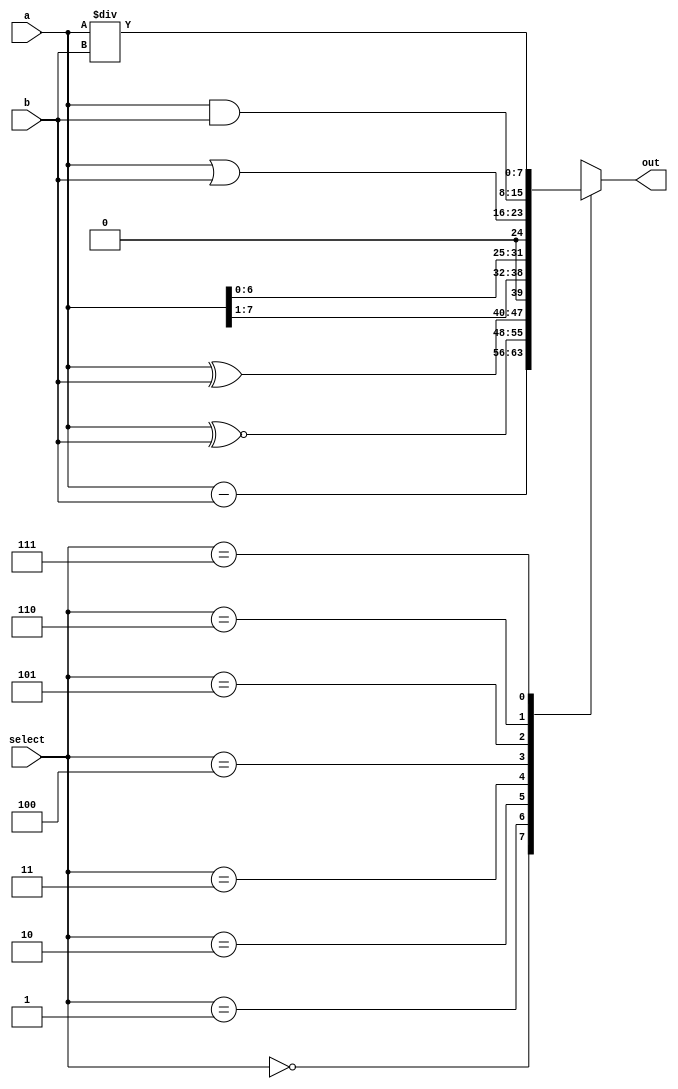
`timescale 1ns / 1ps
//////////////////////////////////////////////////////////////////////////////////
// Company: 
// Engineer: 
// 
// Design Name: 
// Module Name: alu8bit
// Project Name: 
// Target Devices: 
// Tool Versions: 
// Description: 
// 
// Dependencies: 
// 
// Revision:
// Revision 0.01 - File Created
// Additional Comments:
// 
//////////////////////////////////////////////////////////////////////////////////


module alu8bit(input [7:0] a,
input [7:0]b,
input [2:0]select,
output reg [7:0] out);

always @(*)
begin
case({select})
//arth
3'b000: out<=a-b;
3'b001: out<=a~^b; //logical operator
3'b010: out<=a^b;//bitwise
3'b011: out<=a>>1;//rightshift 
3'b100: out<=a<<1;//left shift
3'b101: out<=a|b;//or
3'b110: out<=a&b;//and
3'b111: out<=a/b;//division
default:out=8'bzzzzzzzz;
endcase
end
endmodule